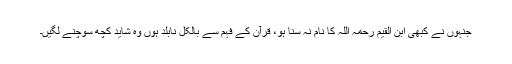
جنہوں نے کبھی ابن القیم رحمہ اللہ کا نام نہ سنا ہو، قرآن کے فہم سے بالکل نابلد ہوں وہ شاید کچھ سوچنے لگیں۔